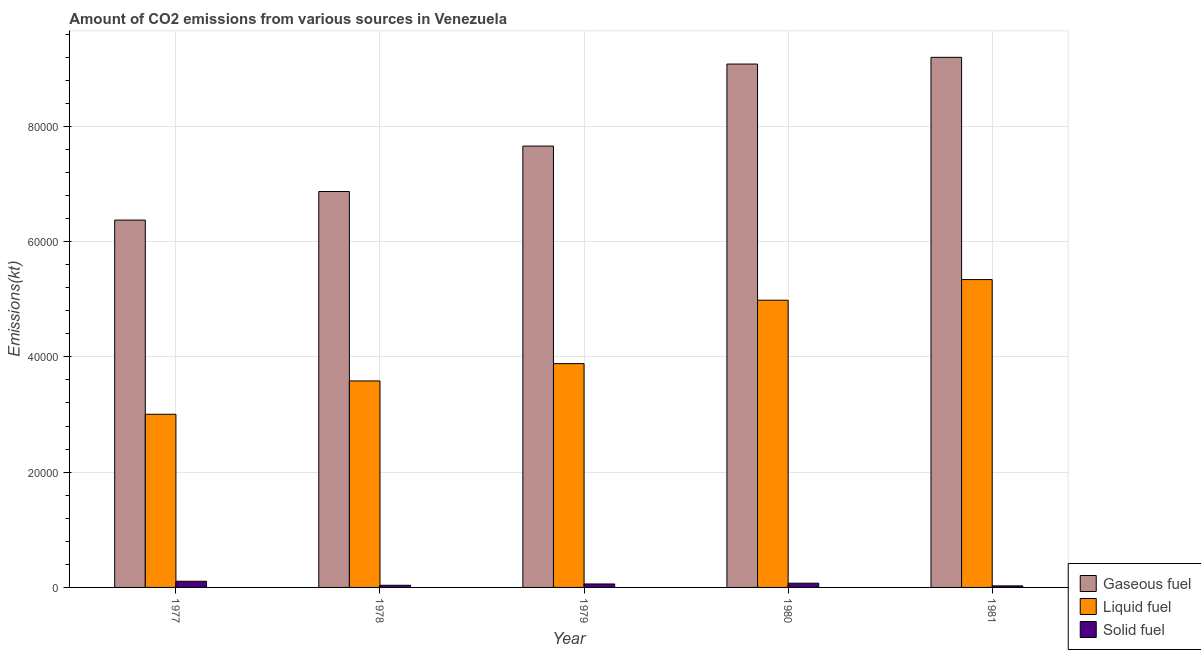
| Year | Gaseous fuel | Liquid fuel | Solid fuel |
 | --- | --- | --- | --- |
 | 1977 | 6.37e+04 | 3e+04 | 1.07e+03 |
 | 1978 | 6.87e+04 | 3.58e+04 | 374 |
 | 1979 | 7.66e+04 | 3.88e+04 | 601 |
 | 1980 | 9.08e+04 | 4.98e+04 | 733 |
 | 1981 | 9.2e+04 | 5.34e+04 | 271 |